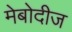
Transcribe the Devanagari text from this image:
मेबोदीज